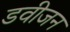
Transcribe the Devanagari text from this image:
डवीजन